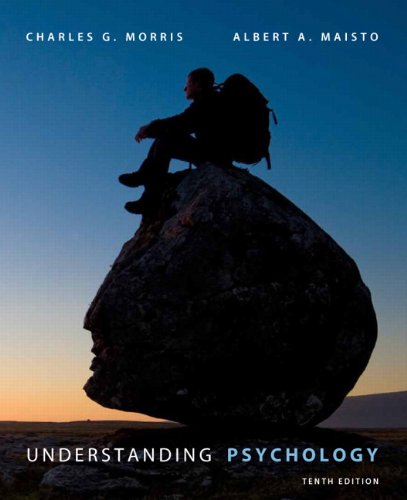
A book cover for Understanding Psychology (10th Edition); Charles G. Morris; Medical Books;